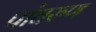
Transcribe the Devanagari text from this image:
पांघरुण